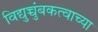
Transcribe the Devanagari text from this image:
विद्युच्चुंबकत्वाच्या